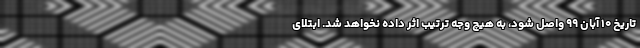
تاریخ ۱۰ آبان ۹۹ واصل شود، به هیچ وجه ترتیب اثر داده نخواهد شد. ابتلای